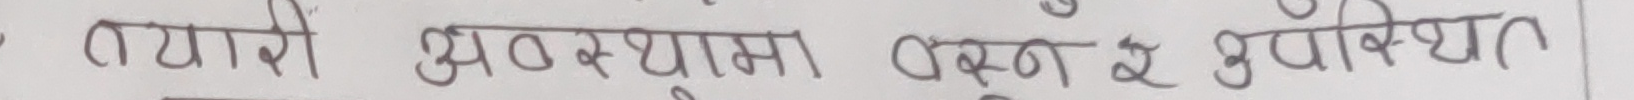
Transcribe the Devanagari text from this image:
तथा से अवस्थामा वस्तु न उपस्थित